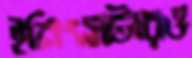
ইনিংসটারও